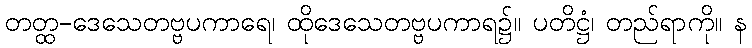
တတ္ထ-ဒေသေတဗ္ဗပကာရေ၊ ထိုဒေသေတဗ္ဗပကာရ၌။ ပတိဋ္ဌံ၊ တည်ရာကို။ န